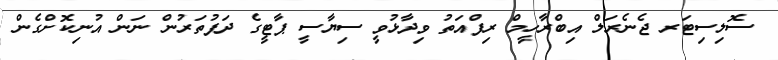
ސޮލިސިޓަރ ޖެނެރަލް އިބްރާހީމް ރިފްއަތު ވިދާޅުވީ ސިޔާސީ ޕާޓީގެ ދަފުތަރުން ނަން އުނިކޮށްގެން